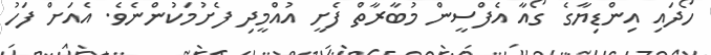
ހޯދައި އިންޑިޔާގެ ގޯއާ އެފްސީން މުބާރާތް ފެށީ އުއްމީދި ފެށުމަކުންނެވެ. އެއަށް ފަހު